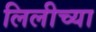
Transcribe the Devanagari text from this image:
लिलीच्या